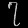
Digit: ၇